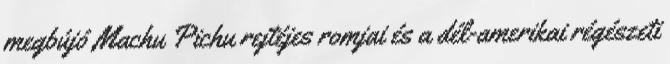
megbújó Machu Pichu rejtéjes romjai és a dél-amerikai régészeti